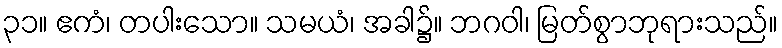
၃၁။ ဧကံ၊ တပါးသော။ သမယံ၊ အခါ၌။ ဘဂဝါ၊ မြတ်စွာဘုရားသည်။